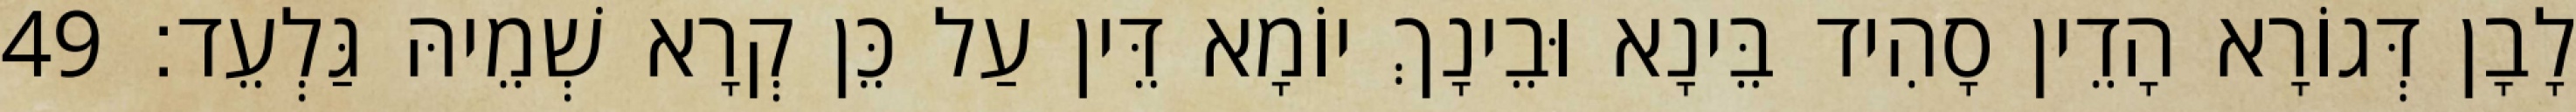
לָבָן דְּגוֹרָא הָדֵין סָהִיד בֵּינָא וּבֵינָךְ יוֹמָא דֵּין עַל כֵּן קְרָא שְׁמֵיהּ גַּלְעֵד׃ 49